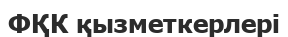
ФҚК қызметкерлері